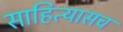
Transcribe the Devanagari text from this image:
साहित्यासच